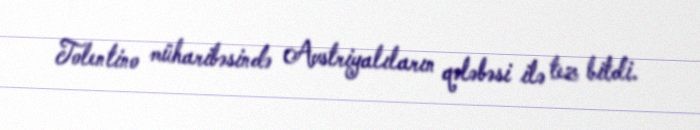
Tolentino müharibəsində Avstriyalıların qələbəsi ilə tez bitdi.